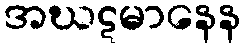
အဃဋမာနေန